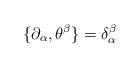
LaTeX: \begin{align*}\{ \partial_\alpha, \theta^\beta \} = \delta_\alpha^\beta\end{align*}